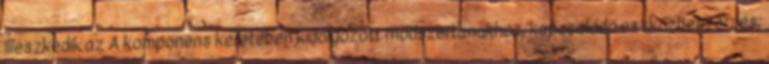
illeszkedik az A komponens keretében kidolgozott módszertanokhoz, kapcsolódó eszközbeszerzés;